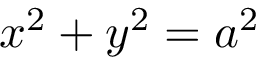
x ^ { 2 } + y ^ { 2 } = a ^ { 2 }